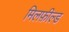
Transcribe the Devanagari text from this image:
मिलफ़ील्ड